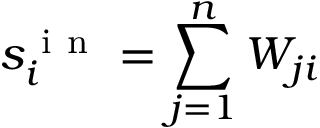
s _ { i } ^ { \mathrm { ~ i ~ n ~ } } = \sum _ { j = 1 } ^ { n } W _ { j i }